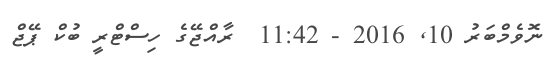
ނޮވެމްބަރު 10